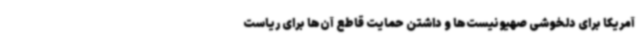
آمریکا برای دلخوشی صهیونیست‌ها و داشتن حمایت قاطع آن‌ها برای ریاست